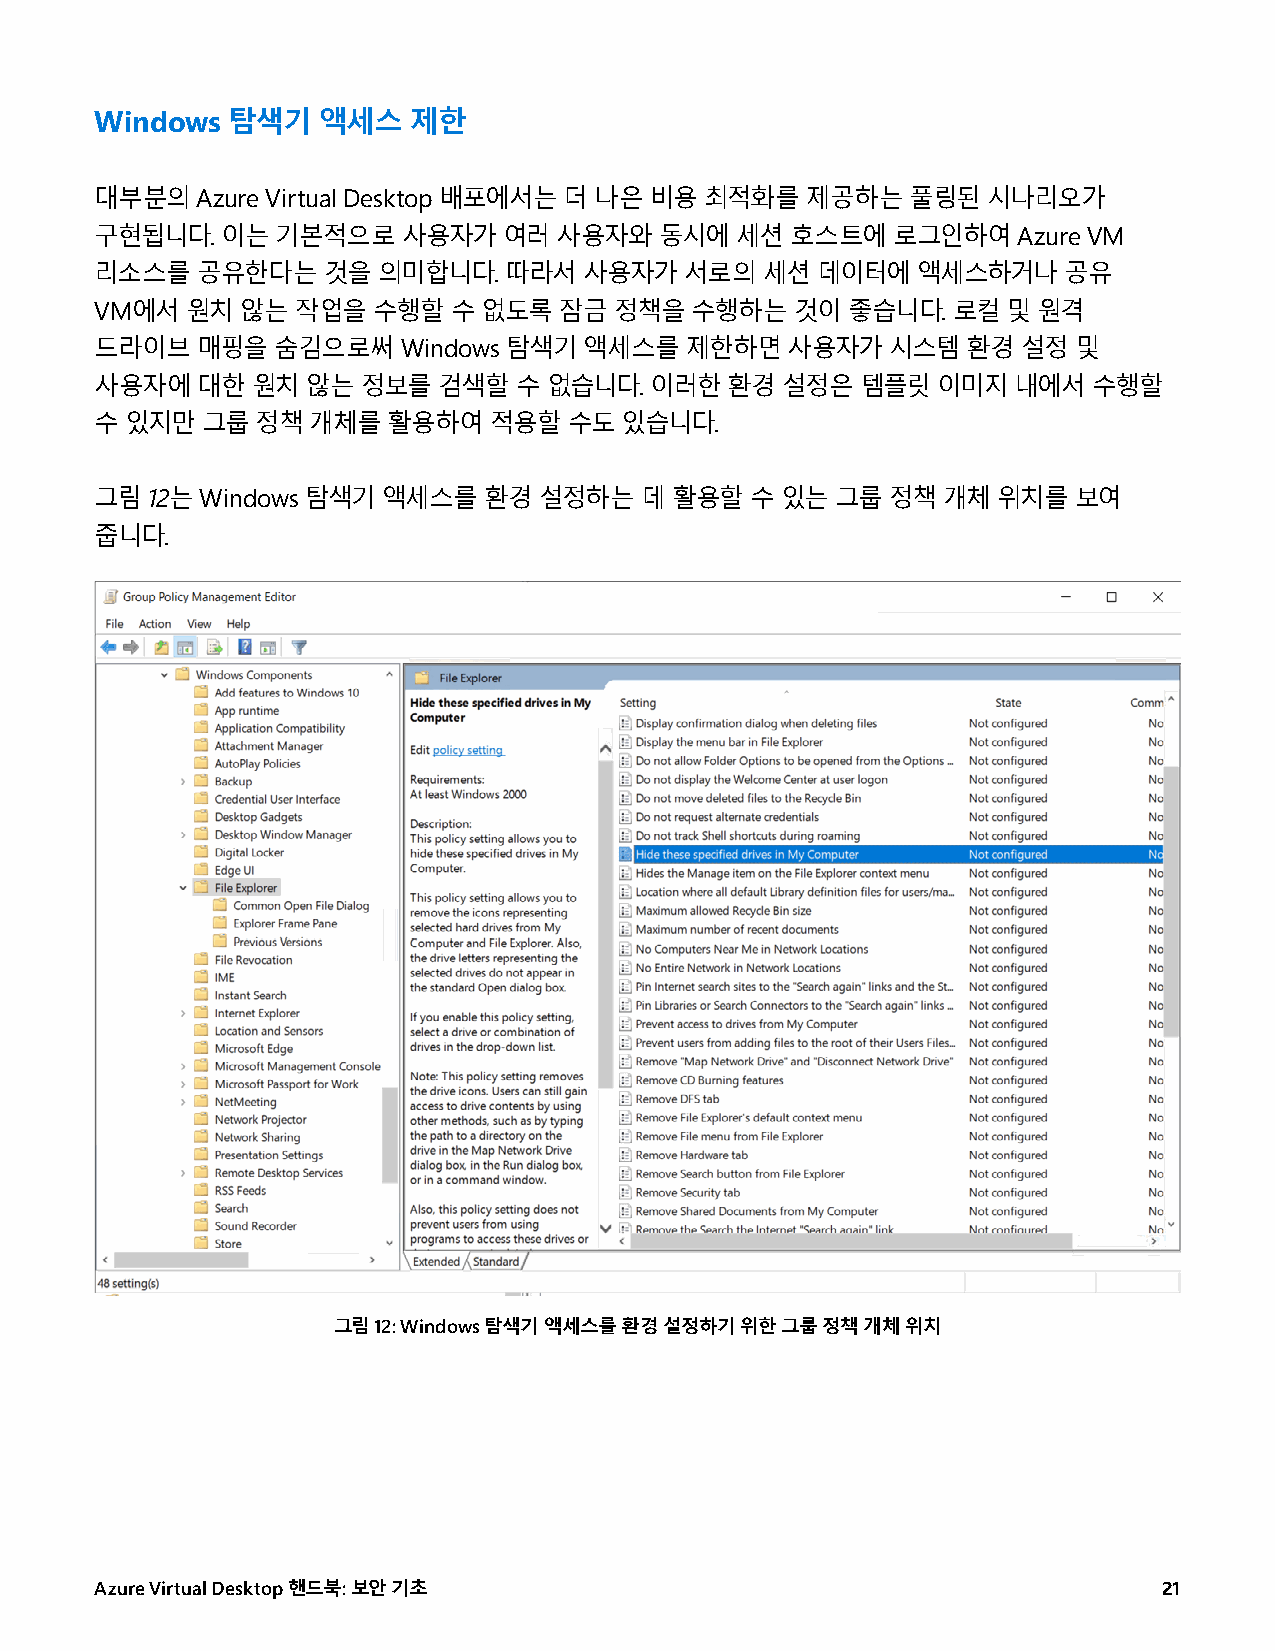
Windows  탐색기   액세스   제한
 대부분의   Azure Virtual Desktop 배포에서는 더 나은 비용 최적화를 제공하는  풀링된  시나리오가
 구현됩니다.   이는 기본적으로    사용자가  여러  사용자와   동시에  세션 호스트에   로그인하여   Azure VM
 리소스를   공유한다는   것을  의미합니다.  따라서   사용자가  서로의   세션 데이터에   액세스하거나   공유
 VM에서  원치  않는  작업을  수행할  수 없도록  잠금  정책을  수행하는   것이 좋습니다.  로컬  및 원격
 드라이브   매핑을  숨김으로써    Windows 탐색기 액세스를  제한하면   사용자가   시스템  환경  설정 및
 사용자에   대한  원치 않는  정보를  검색할  수 없습니다.  이러한  환경  설정은  템플릿  이미지  내에서  수행할
 수 있지만  그룹  정책 개체를   활용하여  적용할   수도 있습니다.
 그림  12는 Windows 탐색기 액세스를  환경  설정하는  데 활용할   수 있는 그룹  정책 개체  위치를  보여
 줍니다.
 그림 12: Windows 탐색기 액세스를 환경 설정하기 위한 그룹 정책 개체 위치
 Azure Virtual Desktop 핸드북: 보안 기초                                       21